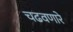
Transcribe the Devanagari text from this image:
चढवणारे